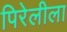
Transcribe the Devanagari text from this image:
पिरेलीला